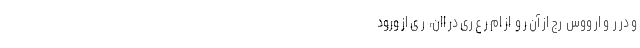
و در ر  و ار ووس  رج از آن ر و  از ام ر ع ری در اان،  ر ی از ورود